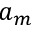
a _ { m }